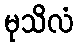
မုသိလံ